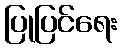
ပြုပြင်ရေး